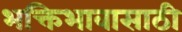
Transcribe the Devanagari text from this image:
भक्तिभावासाठी